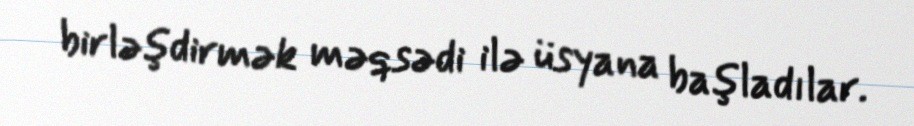
birləşdirmək məqsədi ilə üsyana başladılar.